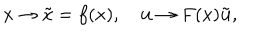
x \to \tilde { x } = f ( x ) , \quad { \bf u } \to F ( x ) \tilde { \bf u } ,